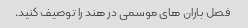
فصل باران های موسمی در هند را توصیف کنید.